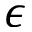
\epsilon